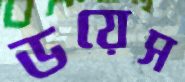
ডয়েস